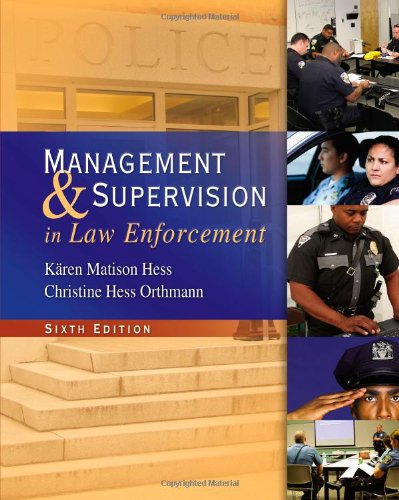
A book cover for Management and Supervision in Law Enforcement; KÃ¤ren M. Hess; Law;